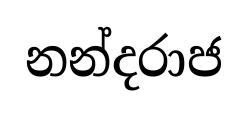
නන්දරාජ